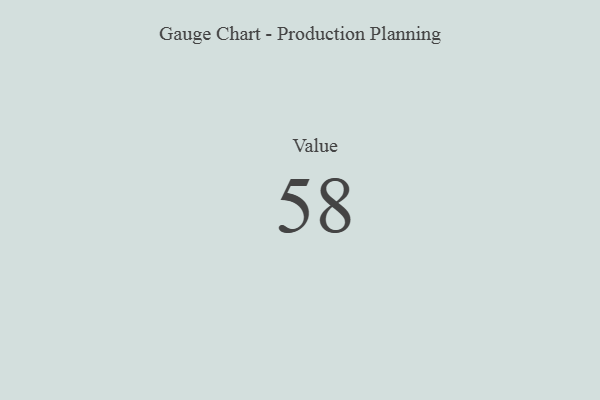
{"axis": {"x": "Metric", "y": "Value"}, "legend": [""], "data": [{"x": "Value", "y": 58, "type": ""}]}